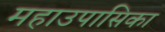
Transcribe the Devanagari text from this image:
महाउपासिका